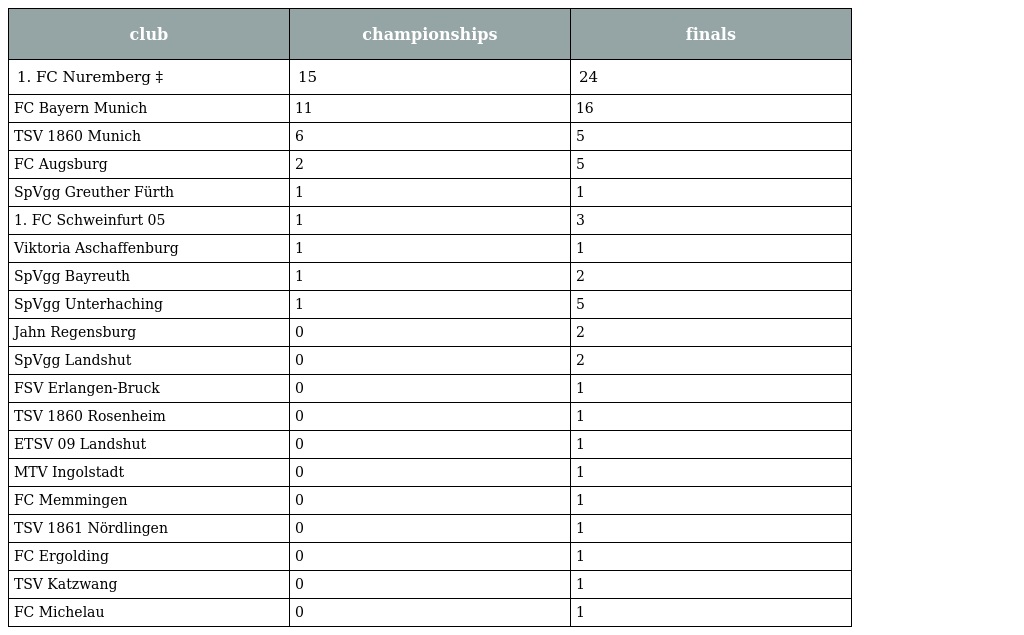
| club | championships | finals |
 | --- | --- | --- |
 | 1. FC Nuremberg ‡ | 15 | 24 |
 | FC Bayern Munich | 11 | 16 |
 | TSV 1860 Munich | 6 | 5 |
 | FC Augsburg | 2 | 5 |
 | SpVgg Greuther Fürth | 1 | 1 |
 | 1. FC Schweinfurt 05 | 1 | 3 |
 | Viktoria Aschaffenburg | 1 | 1 |
 | SpVgg Bayreuth | 1 | 2 |
 | SpVgg Unterhaching | 1 | 5 |
 | Jahn Regensburg | 0 | 2 |
 | SpVgg Landshut | 0 | 2 |
 | FSV Erlangen-Bruck | 0 | 1 |
 | TSV 1860 Rosenheim | 0 | 1 |
 | ETSV 09 Landshut | 0 | 1 |
 | MTV Ingolstadt | 0 | 1 |
 | FC Memmingen | 0 | 1 |
 | TSV 1861 Nördlingen | 0 | 1 |
 | FC Ergolding | 0 | 1 |
 | TSV Katzwang | 0 | 1 |
 | FC Michelau | 0 | 1 |